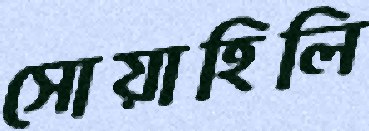
সোয়াহিলি